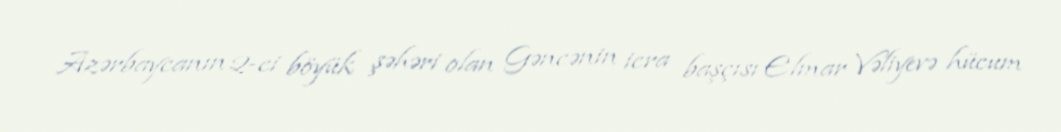
Azərbaycanın 2-ci böyük şəhəri olan Gəncənin icra başçısı Elmar Vəliyevə hücum